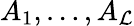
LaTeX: A_{1},\ldots,A_{\mathcal{L}}